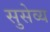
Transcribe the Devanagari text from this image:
सुसेव्य